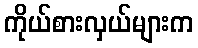
ကိုယ်စားလှယ်များက